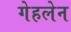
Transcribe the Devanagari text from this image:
गेहलेन